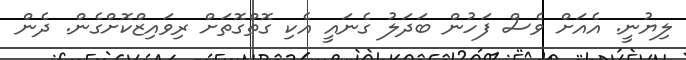
ލިޔުނީ. އެއަށް ވެސް ފަހުން ބަދަލު ގެނައީ އެކި ގޮތްގޮތަށް ރިވައިޒްކޮށްގެން. ދެން